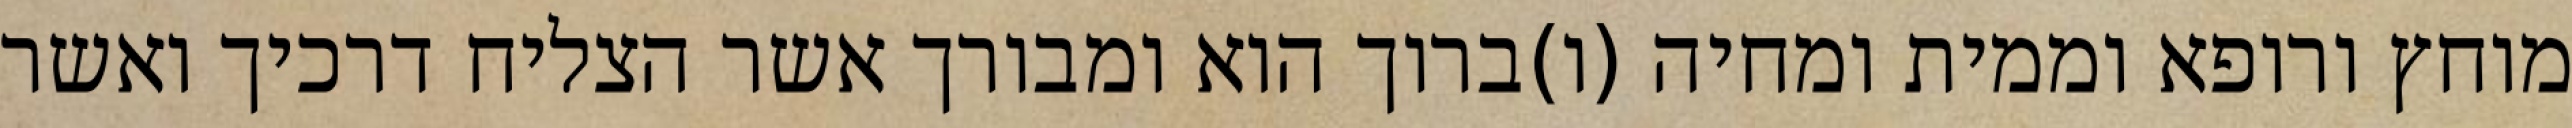
מוחץ ורופא וממית ומחיה (ו)ברוך הוא ומבורך אשר הצליח דרכיך ואשר